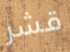
قشر